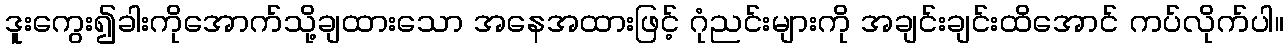
ဒူးကွေး၍ခါးကိုအောက်သို့ချထားသော အနေအထားဖြင့် ဂုံညင်းများကို အချင်းချင်းထိအောင် ကပ်လိုက်ပါ။